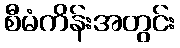
စီမံကိန်းအတွင်း